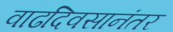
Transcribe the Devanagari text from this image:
वाढदिवसानंतर